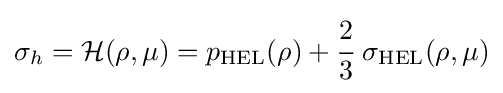
\sigma _{h}={\mathcal {H}}(\rho ,\mu )=p_{\rm {HEL}}(\rho )+{\cfrac {2}{3}}~\sigma _{\rm {HEL}}(\rho ,\mu )